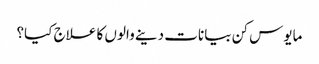
مایوس کن بیانات دینے والوں کا علاج کیا؟